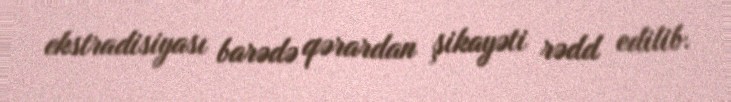
ekstradisiyası barədə qərardan şikayəti rədd edilib.